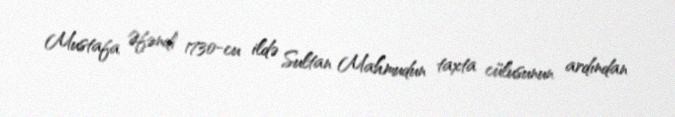
Mustafa Əfəndi 1730-cu ildə Sultan Mahmudun taxta cülusunun ardından